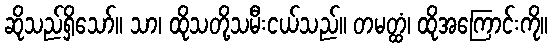
ဆိုသည်ရှိသော်။ သာ၊ ထိုသတို့သမီးငယ်သည်။ တမတ္ထံ၊ ထိုအကြောင်းကို။